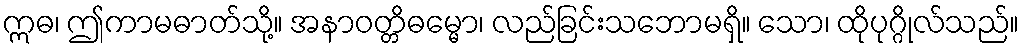
ဣဓ၊ ဤကာမဓာတ်သို့။ အနာဝတ္တိဓမ္မော၊ လည်ခြင်းသဘောမရှိ။ သော၊ ထိုပုဂ္ဂိုလ်သည်။